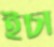
ইচা